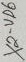
Text: X2-VP6